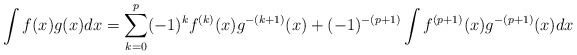
\begin{align*} \int{f(x)g(x)dx} = \sum_{k=0}^p (-1)^k f^{(k)}(x)g^{-(k+1)}(x) +(-1)^{-(p+1)}\int{f^{(p+1)}(x)g^{-(p+1)}(x)dx} \end{align*}